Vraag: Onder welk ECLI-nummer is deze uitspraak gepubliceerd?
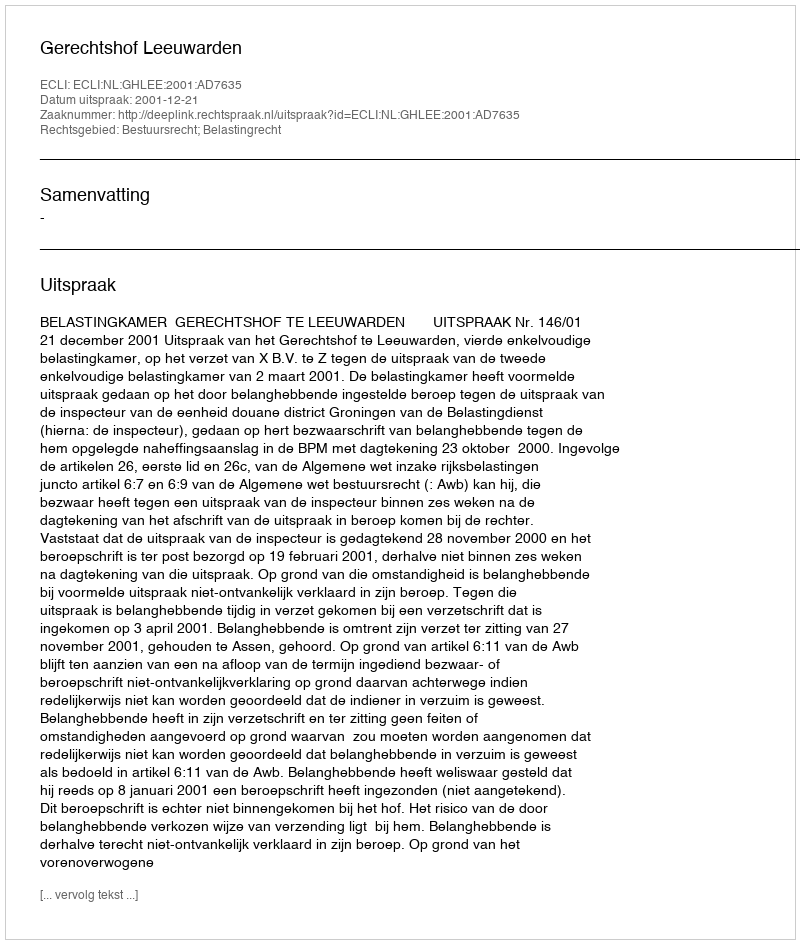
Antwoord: ECLI:NL:GHLEE:2001:AD7635